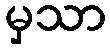
မှသာ